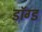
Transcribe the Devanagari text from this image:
डॉग्ड